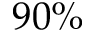
9 0 \%